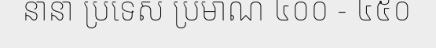
នានា ប្រទេស ប្រមាណ ៤០០ - ៤៥០